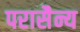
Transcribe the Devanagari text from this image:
परासैन्य